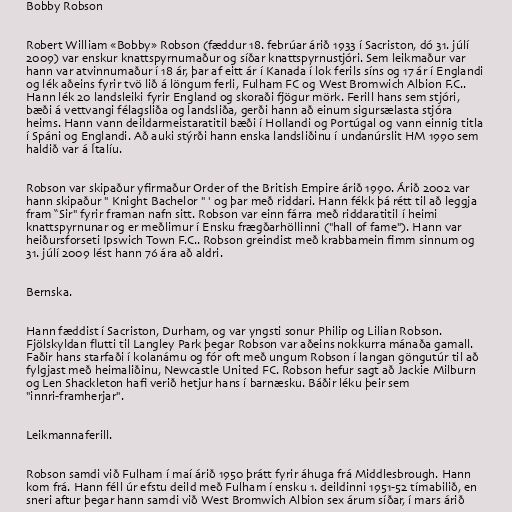
Bobby Robson

Robert William «Bobby» Robson (fæddur 18. febrúar árið 1933 í Sacriston, dó 31. júlí
2009) var enskur knattspyrnumaður og síðar knattspyrnustjóri. Sem leikmaður var
hann var atvinnumaður í 18 ár, þar af eitt ár í Kanada í lok ferils síns og 17 ár í Englandi
og lék aðeins fyrir tvö lið á löngum ferli, Fulham FC og West Bromwich Albion F.C..
Hann lék 20 landsleiki fyrir England og skoraði fjögur mörk. Ferill hans sem stjóri,
bæði á vettvangi félagsliða og landsliða, gerði hann að einum sigursælasta stjóra
heims. Hann vann deildarmeistaratitil bæði í Hollandi og Portúgal og vann einnig titla
í Spáni og Englandi. Að auki stýrði hann enska landsliðinu í undanúrslit HM 1990 sem
haldið var á Ítalíu.

Robson var skipaður yfirmaður Order of the British Empire árið 1990. Árið 2002 var
hann skipaður " Knight Bachelor " ' og þar með riddari. Hann fékk þá rétt til að leggja
fram “Sir" fyrir framan nafn sitt. Robson var einn fárra með riddaratitil í heimi
knattspyrnunar og er meðlimur í Ensku frægðarhöllinni ("hall of fame"). Hann var
heiðursforseti Ipswich Town F.C.. Robson greindist með krabbamein fimm sinnum og
31. júlí 2009 lést hann 76 ára að aldri.

Bernska.

Hann fæddist í Sacriston, Durham, og var yngsti sonur Philip og Lilian Robson.
Fjölskyldan flutti til Langley Park þegar Robson var aðeins nokkurra mánaða gamall.
Faðir hans starfaði í kolanámu og fór oft með ungum Robson í langan göngutúr til að
fylgjast með heimaliðinu, Newcastle United FC. Robson hefur sagt að Jackie Milburn
og Len Shackleton hafi verið hetjur hans í barnæsku. Báðir léku þeir sem
"innri-framherjar".

Leikmannaferill.

Robson samdi við Fulham í maí árið 1950 þrátt fyrir áhuga frá Middlesbrough. Hann
kom frá. Hann féll úr efstu deild með Fulham í ensku 1. deildinni 1951-52 tímabilið, en
sneri aftur þegar hann samdi við West Bromwich Albion sex árum síðar, í mars árið